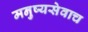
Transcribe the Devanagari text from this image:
मनुष्यसेवाच